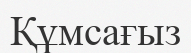
Құмсағыз